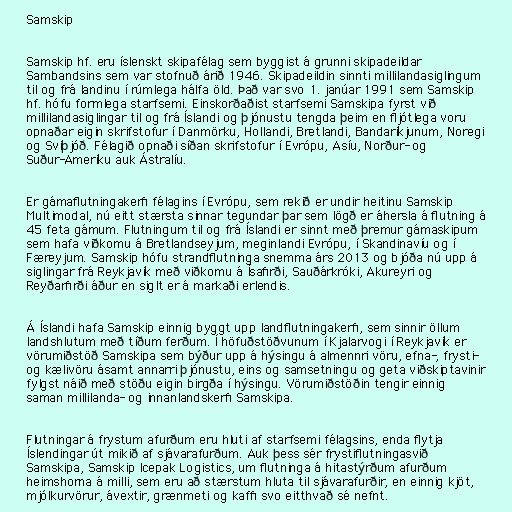
Samskip

Samskip hf. eru íslenskt skipafélag sem byggist á grunni skipadeildar
Sambandsins sem var stofnuð árið 1946. Skipadeildin sinnti millilandasiglingum
til og frá landinu í rúmlega hálfa öld. Það var svo 1. janúar 1991 sem Samskip
hf. hófu formlega starfsemi. Einskorðaðist starfsemi Samskipa fyrst við
millilandasiglingar til og frá Íslandi og þjónustu tengda þeim en fljótlega voru
opnaðar eigin skrifstofur í Danmörku, Hollandi, Bretlandi, Bandaríkjunum, Noregi
og Svíþjóð. Félagið opnaði síðan skrifstofur í Evrópu, Asíu, Norður- og
Suður-Ameríku auk Ástralíu.

Er gámaflutningakerfi félagins í Evrópu, sem rekið er undir heitinu Samskip
Multimodal, nú eitt stærsta sinnar tegundar þar sem lögð er áhersla á flutning á
45 feta gámum. Flutningum til og frá Íslandi er sinnt með þremur gámaskipum
sem hafa viðkomu á Bretlandseyjum, meginlandi Evrópu, í Skandinavíu og í
Færeyjum. Samskip hófu strandflutninga snemma árs 2013 og bjóða nú upp á
siglingar frá Reykjavík með viðkomu á Ísafirði, Sauðárkróki, Akureyri og
Reyðarfirði áður en siglt er á markaði erlendis.

Á Íslandi hafa Samskip einnig byggt upp landflutningakerfi, sem sinnir öllum
landshlutum með tíðum ferðum. Í höfuðstöðvunum í Kjalarvogi í Reykjavík er
vörumiðstöð Samskipa sem býður upp á hýsingu á almennri vöru, efna-, frysti-
og kælivöru ásamt annarri þjónustu, eins og samsetningu og geta viðskiptavinir
fylgst náið með stöðu eigin birgða í hýsingu. Vörumiðstöðin tengir einnig
saman millilanda- og innanlandskerfi Samskipa.

Flutningar á frystum afurðum eru hluti af starfsemi félagsins, enda flytja
Íslendingar út mikið af sjávarafurðum. Auk þess sér frystiflutningasvið
Samskipa, Samskip Icepak Logistics, um flutninga á hitastýrðum afurðum
heimshorna á milli, sem eru að stærstum hluta til sjávarafurðir, en einnig kjöt,
mjólkurvörur, ávextir, grænmeti og kaffi svo eitthvað sé nefnt.